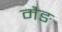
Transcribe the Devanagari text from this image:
मैङ